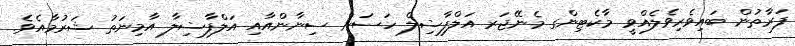
ފަރާތުން ބައިވެރިވެލެއްވީ މާކެޓިންގ މެނޭޖަރ އަލްފާޟިލް ހަސަން ސިނާންއާއި އަލްފާޟިލާ އާމިނަތު ޝަރުމާއެވެ.